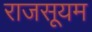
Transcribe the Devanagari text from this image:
राजसूयम